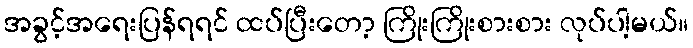
အခွင့်အရေးပြန်ရရင် ထပ်ပြီးတော့ ကြိုးကြိုးစားစား လုပ်ပါ့မယ်။